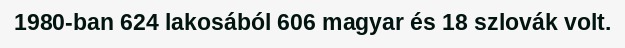
1980-ban 624 lakosából 606 magyar és 18 szlovák volt.